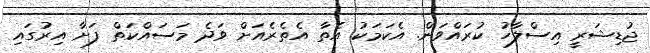
ޖުޑިޝަރީ އިސްލާހު ކުރައްވަން. އެކަމަކު އެތާ އެތެރެއަށް ވަދެ މަސައްކަތް ފަށާ އިރުގައި